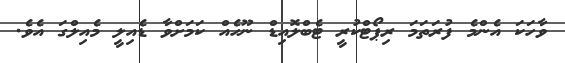
ވާހަކަ އެންމެ ފުރަތަމަ ރިޕޯޓްކުރީ ޓެބްލޮއިޑް ނޫހެއް ކަމަށްވާ ޑެއިލީ މެއިލްގަ އެވެ.